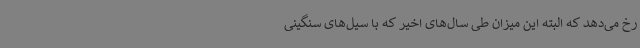
رخ می‌دهد که البته این میزان طی سال‌های اخیر که با سیل‌های سنگینی